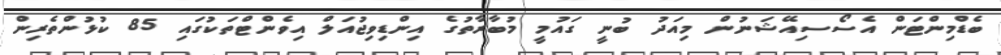
ބެޑްމިންޓަން އެސޯސިއޭޝަނުން މިއަދު ބުނީ ގައުމީ މުބާރާތުގެ އިންޑިވިޖުއަލް އިވެންޓްތަކުގައި 85 ކުޅުންތެރިން